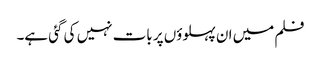
فلم میں ان پہلوؤں پر بات نہیں کی گئی ہے۔